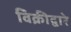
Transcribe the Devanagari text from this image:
विक्रीद्वारे